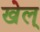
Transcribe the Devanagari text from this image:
खेल्